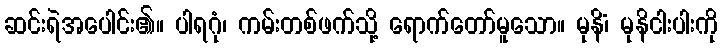
ဆင်းရဲအပေါင်း၏။ ပါရဂုံ၊ ကမ်းတစ်ဖက်သို့ ရောက်တော်မူသော။ မုနိံ၊ မုနိငါးပါးကို